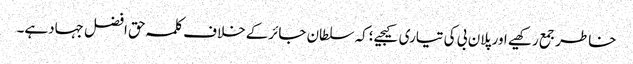
خاطرجمع رکھیے اورپلان بی کی تیاری کیجیے؛کہ سلطان جائرکے خلاف کلمہ حق افضل جہادہے۔